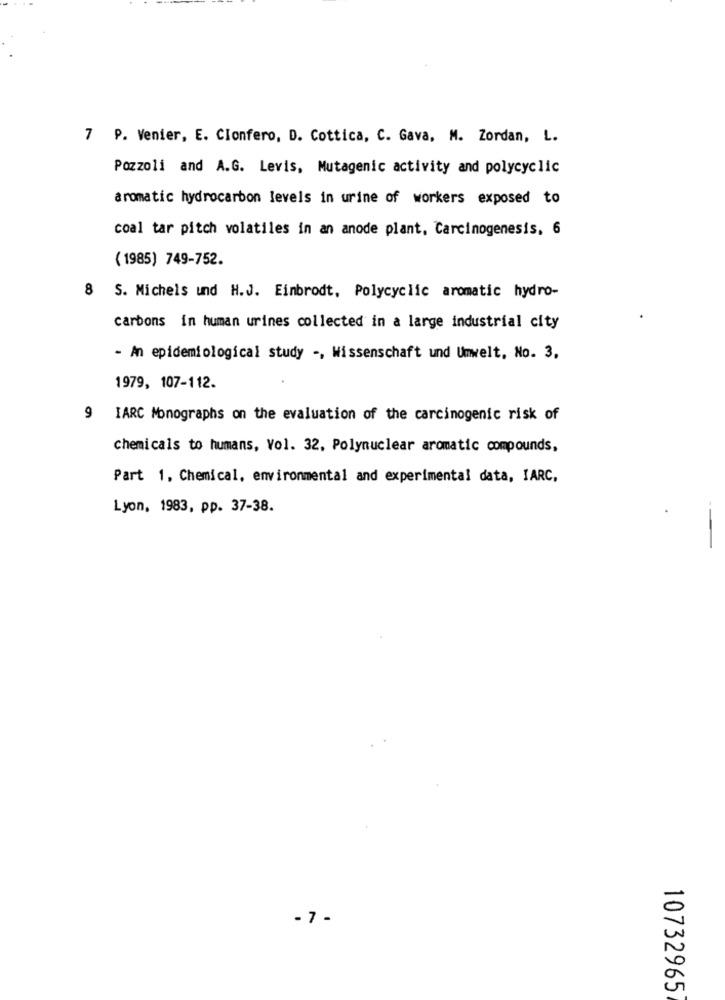
7 P. Venier, E. Clonfero, D. Cottica, C. Gava, M. Zordan, L.
Pozzoli and A.G. Levis, Mutagenic activity and polycyclic
aromatic hydrocarbon levels in urine of workers exposed to
coal tar pitch volatiles in an anode plant, Carcinogenesis, 6
( 1985) 749-752.
8 S. Michels und H.J. Einbrodt, Polycyclic aromatic hydro-
carbons in human urines collected in a large industrial city
- An epidemiological study -, Wissenschaft und Umwelt, No. 3,
1979, 107-112.
9 IARC Monographs on the evaluation of the carcinogenic risk of
chemicals to humans, Vol. 32. Polynuclear aromatic compounds,
Part 1, Chemical, environmental and experimental data, IARC,
Lyon, 1983, pp. 37-38.
--
- 7 -
10732965